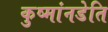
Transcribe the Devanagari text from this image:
कुष्मांनडेति